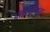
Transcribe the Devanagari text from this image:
धर्मपंथीयांना